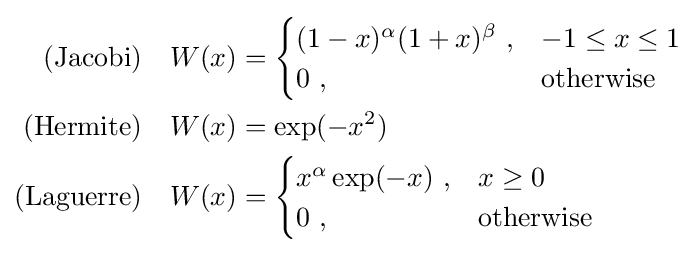
{\begin{aligned}{\text{(Jacobi)}}\quad &W(x)={\begin{cases}(1-x)^{\alpha }(1+x)^{\beta }~,&-1\leq x\leq 1\\0~,&{\text{otherwise}}\end{cases}}\\{\text{(Hermite)}}\quad &W(x)=\exp(-x^{2})\\{\text{(Laguerre)}}\quad &W(x)={\begin{cases}x^{\alpha }\exp(-x)~,&x\geq 0\\0~,&{\text{otherwise}}\end{cases}}\end{aligned}}